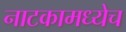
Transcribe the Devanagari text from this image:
नाटकामध्येच